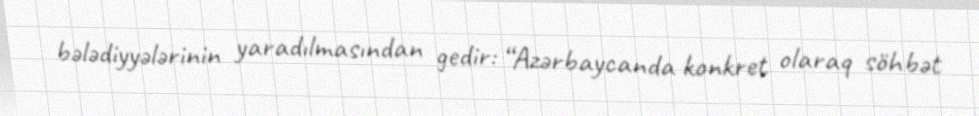
bələdiyyələrinin yaradılmasından gedir: “Azərbaycanda konkret olaraq söhbət